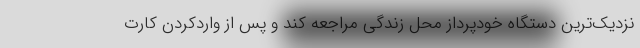
نزدیک‌ترین دستگاه خودپرداز محل زندگی مراجعه کند و پس از واردکردن کارت